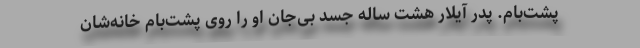
پشت‌بام. پدر آیلار هشت ساله جسد بی‌جان او را روی پشت‌بام خانه‌شان